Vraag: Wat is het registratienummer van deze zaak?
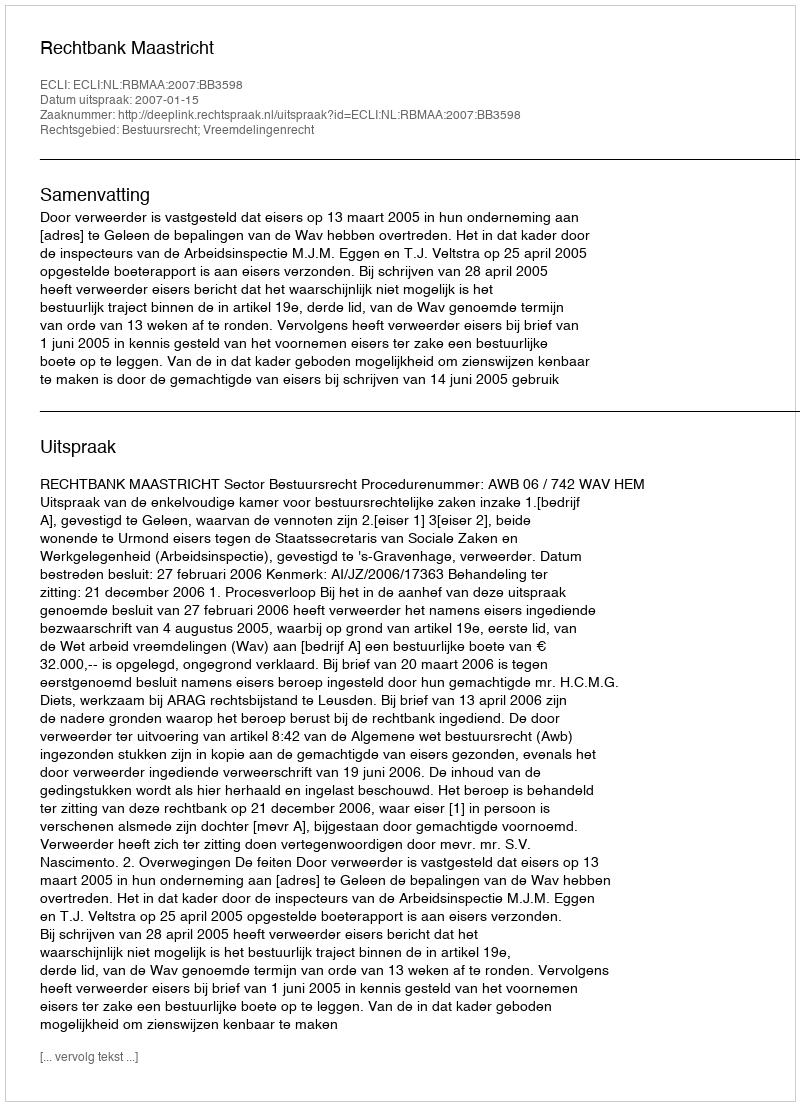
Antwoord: http://deeplink.rechtspraak.nl/uitspraak?id=ECLI:NL:RBMAA:2007:BB3598